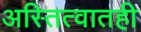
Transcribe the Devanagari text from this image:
अस्तित्वातही